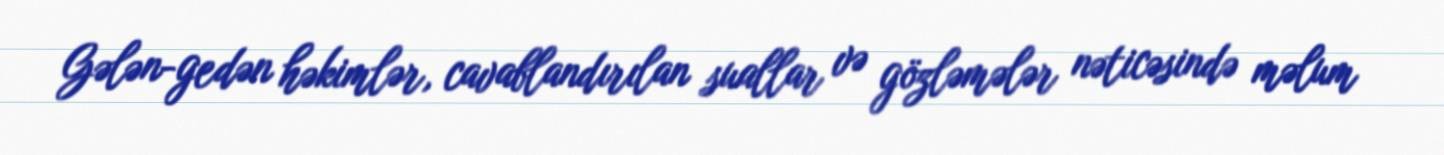
Gələn-gedən həkimlər, cavablandırılan suallar və gözləmələr nəticəsində məlum